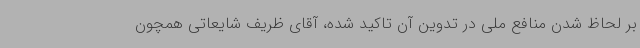
بر لحاظ شدن منافع ملی در تدوین آن تاکید شده، آقای ظریف شایعاتی همچون